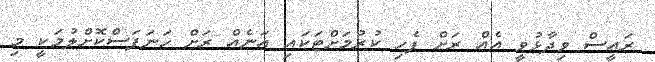
ރައީސް ވިދާޅުވީ އެއް ރަށް ފެހި ކުރުމަށްޓަކައި އަނެއް ރަށް ހަނަފަސްކޮށްލުމަކީ މި